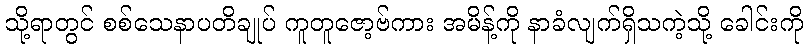
သို့ရာတွင် စစ်သေနာပတိချုပ် ကူတူဇော့ဗ်ကား အမိန့်ကို နာခံလျက်ရှိသကဲ့သို့ ခေါင်းကို